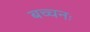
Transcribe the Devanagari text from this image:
बच्चनः